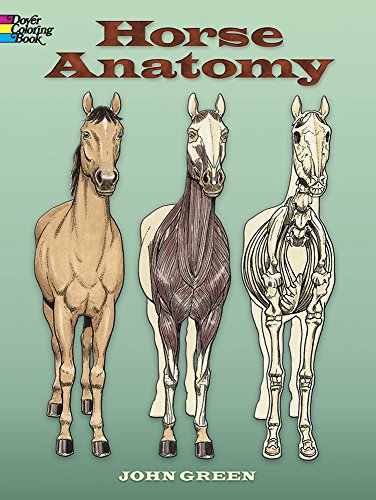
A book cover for Horse Anatomy (Dover Nature Coloring Book); John Green; Children's Books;